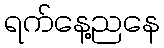
ရက်နေ့ညနေ